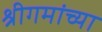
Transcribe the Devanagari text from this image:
श्रीगमांच्या